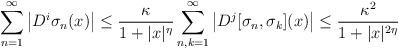
LaTeX: \begin{align*}\sum_{n = 1}^{\infty} \big| D^i \sigma_n(x) \big| \leq \frac{\kappa}{1 + |x|^{\eta}} \sum_{n, k = 1}^{\infty} \big|D^j [\sigma_n, \sigma_k](x) \big| \leq \frac{\kappa^2}{1 + |x|^{2\eta}}\end{align*}